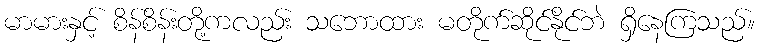
မာမားနှင့် စိန်စိန်းတို့ကလည်း သဘောထား မတိုက်ဆိုင်နိုင်ဘဲ ရှိနေကြသည်။